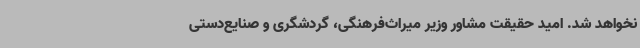
نخواهد شد. امید حقیقت مشاور وزیر میراث‌فرهنگی، گردشگری و صنایع‌دستی